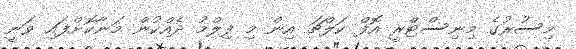
މިސުރުގެ މިނިސްޓްރީ އޮފް ކަލްޗަ އިން މި ފިލްމު ދެއްކުން މަނާކޮށްފައި ވަނީ